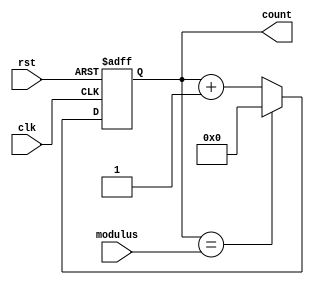
module Modulus_Counter (
    input clk,
    input rst,
    input [7:0] modulus,
    output reg [7:0] count
);

always @(posedge clk or posedge rst) begin
    if (rst) begin
        count <= 8'd0;
    end else begin
        if (count == modulus) begin
            count <= 8'd0;
        end else begin
            count <= count + 1;
        end
    end
end

endmodule